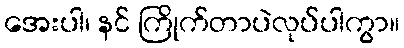
အေးပါ၊ နင် ကြိုက်တာပဲလုပ်ပါကွာ။